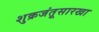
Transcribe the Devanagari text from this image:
शुक्रजंतूसारखा